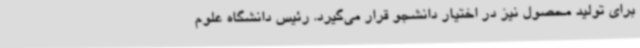
برای تولید محصول نیز در اختیار دانشجو قرار می‌گیرد. رئیس دانشگاه علوم